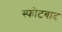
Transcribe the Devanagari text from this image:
स्फोटबाद